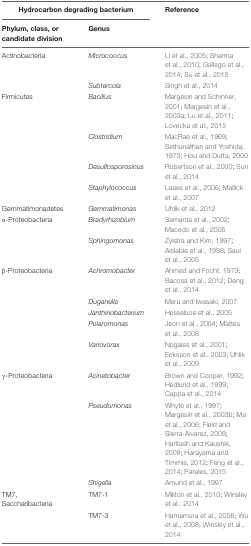
| <COLSPAN=2> Hydrocarbon degrading bacterium | Reference |
 | Phylum, class, or candidate division | Genus |  |
 | --- | --- | --- |
 | Actinobacteria | Micrococcus | Li et al., 2005; Sharma et al., 2010; Gallego et al., 2014; Su et al., 2015 |
 |  | Subtercola | Singh et al., 2014 |
 | Firmicutes | Bacillus | Margesin and Schinner, 2001; Margesin et al., 2003a; Lu et al., 2011; Lovecka et al., 2015 |
 |  | Clostridium | MacRae et al., 1969; Sethunathan and Yoshida, 1973; Hou and Dutta, 2000 |
 |  | Desulfosporosinus | Robertson et al., 2000; Sun et al., 2014 |
 |  | Staphylococcus | Leaes et al., 2006; Mallick et al., 2007 |
 | Gemmatimonadetes | Gemmatimonas | Uhlik et al., 2012 |
 | α-Proteobacteria | Bradyrhizobium | Samanta et al., 2002; Macedo et al., 2005 |
 |  | Sphingomonas | Zylstra and Kim, 1997; Aislabie et al., 1998; Saul et al., 2005 |
 | β-Proteobacteria | Achromobacter | Ahmed and Focht, 1973; Bacosa et al., 2012; Deng et al., 2014 |
 |  | Duganella | Mera and Iwasaki, 2007 |
 |  | Janthinobacterium | Hesselsoe et al., 2005 |
 |  | Polaromonas | Jeon et al., 2004; Mattes et al., 2008 |
 |  | Variovorax | Nogales et al., 2001; Eriksson et al., 2003; Uhlik et al., 2009 |
 | γ-Proteobacteria | Acinetobacter | Brown and Cooper, 1992; Hedlund et al., 1999; Cappa et al., 2014 |
 |  | Pseudomonas | Whyte et al., 1997; Margesin et al., 2003b; Ma et al., 2006; Field and Sierra-Alvarez, 2008; Haritash and Kaushik, 2009; Harayama and Timmis, 2012; Feng et al., 2014; Parales, 2015 |
 |  | Shigella | Amund et al., 1997 |
 | TM7, Saccharibacteria | TM7-1 | Militon et al., 2010; Winsley et al., 2014 |
 |  | TM7-3 | Hamamura et al., 2006; Wu et al., 2008; Winsley et al., 2014 |